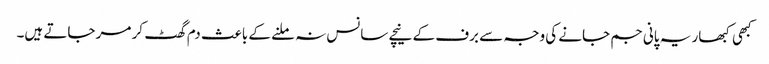
کبھی کبھار یہ پانی جم جانے کی وجہ سے برف کے نیچے سانس نہ ملنے کے باعث دم گھٹ کر مر جاتے ہیں۔